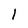
Character: 1